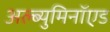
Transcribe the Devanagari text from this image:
अल्ब्युमिनॉएड